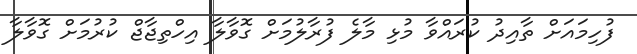
ފުހިމައަށް ތާއިދު ކުރައްވާ މުޅި މާލެ ފުރާލުމަށް ގޮވާލާ އިހްތިޖާޖް ކުރުމަށް ގޮވާލާ